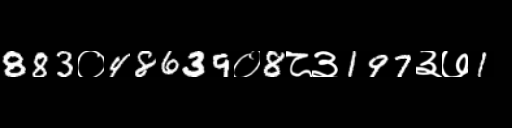
Text: 883०48639०8८३197३७1